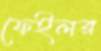
ফেইলর